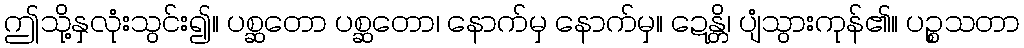
ဤသို့နှလုံးသွင်း၍။ ပစ္ဆတော ပစ္ဆတော၊ နောက်မှ နောက်မှ။ ဍေန္တိ၊ ပျံသွားကုန်၏။ ပဉ္စသတာ